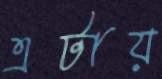
এটায়